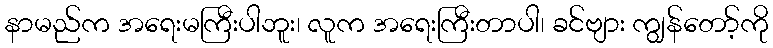
နာမည်က အရေးမကြီးပါဘူး၊ လူက အရေးကြီးတာပါ၊ ခင်ဗျား ကျွန်တော့်ကို